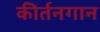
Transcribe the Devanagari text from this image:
कीर्तनगान